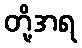
တို့အရ